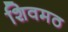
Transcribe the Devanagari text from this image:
शिवमठ